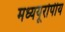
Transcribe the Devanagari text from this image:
मध्ययूरोपीय